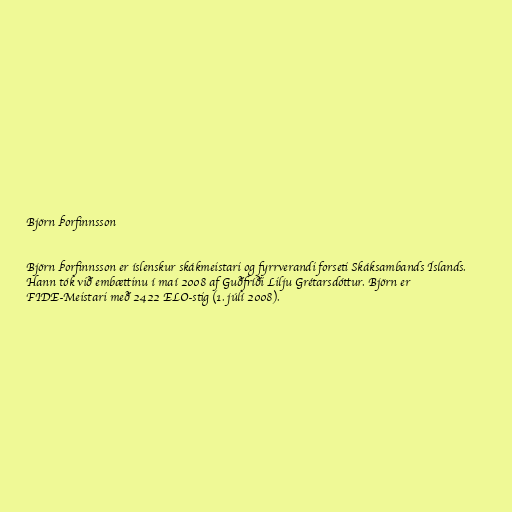
Björn Þorfinnsson

Björn Þorfinnsson er íslenskur skákmeistari og fyrrverandi forseti Skáksambands Íslands.
Hann tók við embættinu í maí 2008 af Guðfríði Lilju Grétarsdóttur. Björn er
FIDE-Meistari með 2422 ELO-stig (1. júlí 2008).